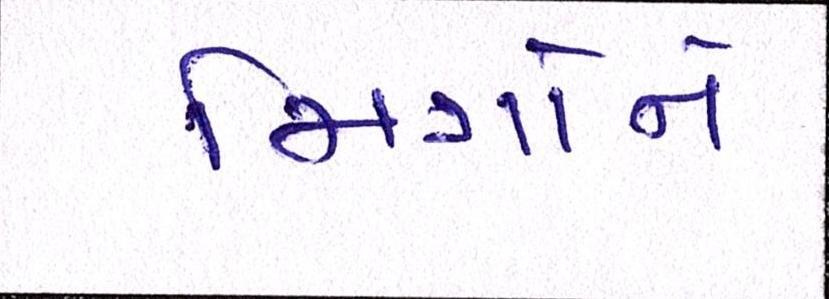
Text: મિત્રોને